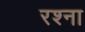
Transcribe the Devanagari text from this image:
रश्ना